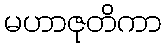
မဟာဇုတိကာ